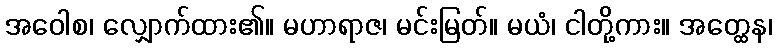
အဝေါစ၊ လျှောက်ထား၏။ မဟာရာဇ၊ မင်းမြတ်။ မယံ၊ ငါတို့ကား။ အတ္ထေန၊